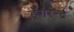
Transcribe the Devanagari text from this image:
डूँगरेन्द्र